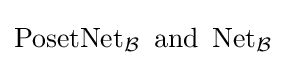
\operatorname {PosetNet} _{\mathcal {B}}{\text{ and }}\operatorname {Net} _{\mathcal {B}}